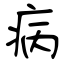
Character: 病